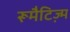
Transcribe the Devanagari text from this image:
रूमैटिज्म़